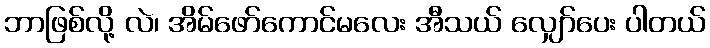
ဘာဖြစ်လို့ လဲ၊ အိမ်ဖော်ကောင်မလေး အီသယ် လျှော်ပေး ပါတယ်